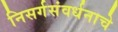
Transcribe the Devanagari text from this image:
निसर्गसंवर्धनाचे